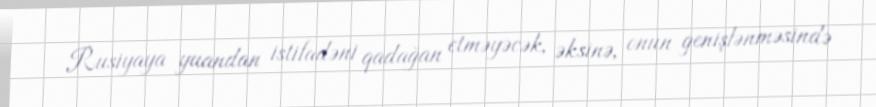
Rusiyaya yuandan istifadəni qadağan etməyəcək, əksinə, onun genişlənməsində